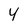
Character: 4